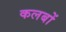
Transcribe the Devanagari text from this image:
कलबों